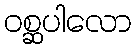
ဝစ္ဆပါလော